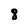
Character: 8